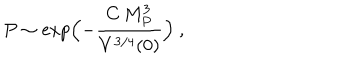
P \sim \exp \Bigl ( - { \frac { C \, M _ { P } ^ { 3 } } { V ^ { 3 / 4 } ( 0 ) } } \Bigr ) \ ,